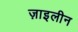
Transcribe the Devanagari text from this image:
ज़ाइलीन